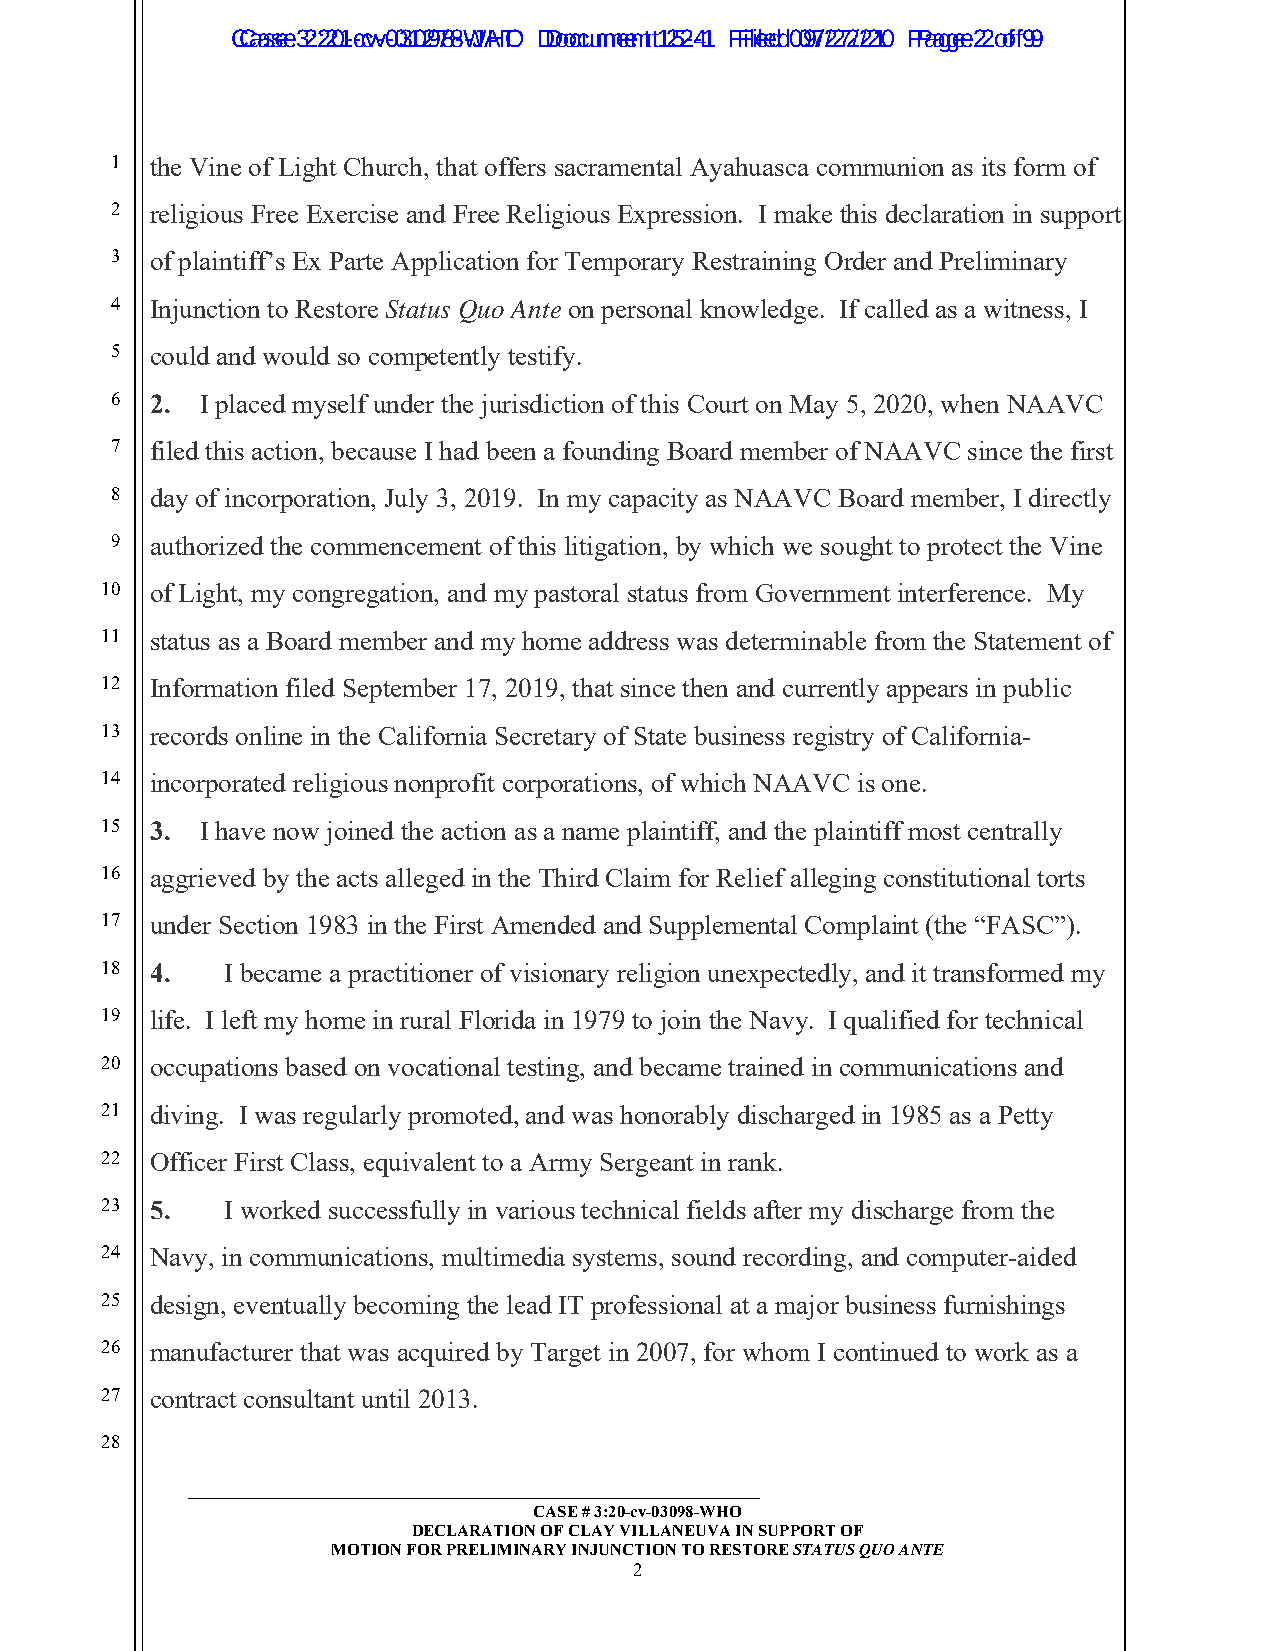
CCaassee 3 2:2:201--ccvv--0031029788--WJAHTO D Dooccuummeennt t1 252-4-1 F Filieledd 0 097/2/272/2/210 P Paaggee 2 2 o of f9 9
 1  the Vine of Light Church, that offers sacramental Ayahuasca communion as its form of
 2  religious Free Exercise and Free Religious Expression. I make this declaration in support
 3  of plaintiff’s Ex Parte Application for Temporary Restraining Order and Preliminary
 4  Injunction to Restore Status Quo Ante on personal knowledge. If called as a witness, I
 5  could and would so competently testify.
 6  2. I placed myself under the jurisdiction of this Court on May 5, 2020, when NAAVC
 7  filed this action, because I had been a founding Board member of NAAVC since the first
 8  day of incorporation, July 3, 2019. In my capacity as NAAVC Board member, I directly
 9  authorized the commencement of this litigation, by which we sought to protect the Vine
 10 of Light, my congregation, and my pastoral status from Government interference. My
 11 status as a Board member and my home address was determinable from the Statement of
 12 Information filed September 17, 2019, that since then and currently appears in public
 13 records online in the California Secretary of State business registry of California-
 14 incorporated religious nonprofit corporations, of which NAAVC is one.
 15 3. I have now joined the action as a name plaintiff, and the plaintiff most centrally
 16 aggrieved by the acts alleged in the Third Claim for Relief alleging constitutional torts
 17 under Section 1983 in the First Amended and Supplemental Complaint (the “FASC”).
 18 4.   I became a practitioner of visionary religion unexpectedly, and it transformed my
 19 life. I left my home in rural Florida in 1979 to join the Navy. I qualified for technical
 20 occupations based on vocational testing, and became trained in communications and
 21 diving. I was regularly promoted, and was honorably discharged in 1985 as a Petty
 22 Officer First Class, equivalent to a Army Sergeant in rank.
 23 5.   I worked successfully in various technical fields after my discharge from the
 24 Navy, in communications, multimedia systems, sound recording, and computer-aided
 25 design, eventually becoming the lead IT professional at a major business furnishings
 26 manufacturer that was acquired by Target in 2007, for whom I continued to work as a
 27 contract consultant until 2013.
 28
 _____________________________________________________________
 CASE # 3:20-cv-03098-WHO
 DECLARATION OF CLAY VILLANEUVA IN SUPPORT OF
 MOTION FOR PRELIMINARY INJUNCTION TO RESTORE STATUS QUO ANTE
 2